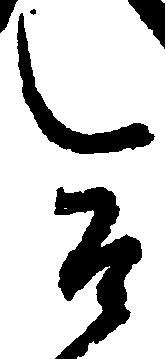
合